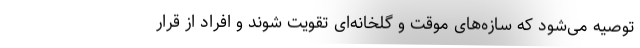
توصیه می‌شود که سازه‌های موقت و گلخانه‌ای تقویت شوند و افراد از قرار